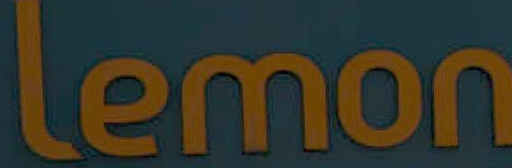
Lemon